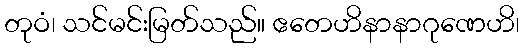
တုဝံ၊ သင်မင်းမြတ်သည်။ ဧတေဟိနာနာဂုဏေဟိ၊